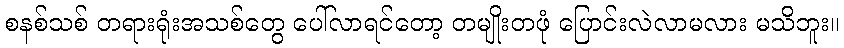
စနစ်သစ် တရားရုံးအသစ်တွေ ပေါ်လာရင်တော့ တမျိုးတဖုံ ပြောင်းလဲလာမလား မသိဘူး။